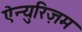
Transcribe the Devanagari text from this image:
ऐन्युरिज़म